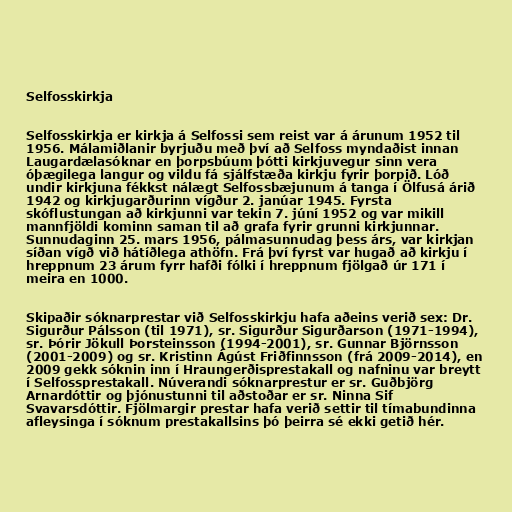
Selfosskirkja

Selfosskirkja er kirkja á Selfossi sem reist var á árunum 1952 til
1956. Málamiðlanir byrjuðu með því að Selfoss myndaðist innan
Laugardælasóknar en þorpsbúum þótti kirkjuvegur sinn vera
óþægilega langur og vildu fá sjálfstæða kirkju fyrir þorpið. Lóð
undir kirkjuna fékkst nálægt Selfossbæjunum á tanga í Ölfusá árið
1942 og kirkjugarðurinn vígður 2. janúar 1945. Fyrsta
skóflustungan að kirkjunni var tekin 7. júní 1952 og var mikill
mannfjöldi kominn saman til að grafa fyrir grunni kirkjunnar.
Sunnudaginn 25. mars 1956, pálmasunnudag þess árs, var kirkjan
síðan vígð við hátíðlega athöfn. Frá því fyrst var hugað að kirkju í
hreppnum 23 árum fyrr hafði fólki í hreppnum fjölgað úr 171 í
meira en 1000.

Skipaðir sóknarprestar við Selfosskirkju hafa aðeins verið sex: Dr.
Sigurður Pálsson (til 1971), sr. Sigurður Sigurðarson (1971-1994),
sr. Þórir Jökull Þorsteinsson (1994-2001), sr. Gunnar Björnsson
(2001-2009) og sr. Kristinn Ágúst Friðfinnsson (frá 2009-2014), en
2009 gekk sóknin inn í Hraungerðisprestakall og nafninu var breytt
í Selfossprestakall. Núverandi sóknarprestur er sr. Guðbjörg
Arnardóttir og þjónustunni til aðstoðar er sr. Ninna Sif
Svavarsdóttir. Fjölmargir prestar hafa verið settir til tímabundinna
afleysinga í sóknum prestakallsins þó þeirra sé ekki getið hér.